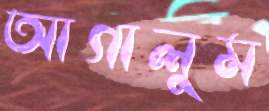
আগালুম